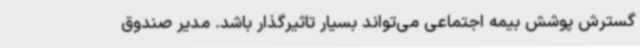
گسترش پوشش بیمه اجتماعی می‌تواند بسیار تاثیرگذار باشد. مدیر صندوق